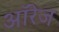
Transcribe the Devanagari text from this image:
ऑरेज